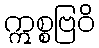
ဣစ္စဗြဝိ